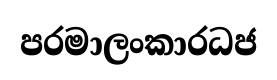
පරමාලංකාරධජ